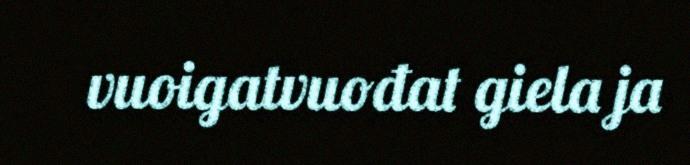
vuoigatvuođat giela ja